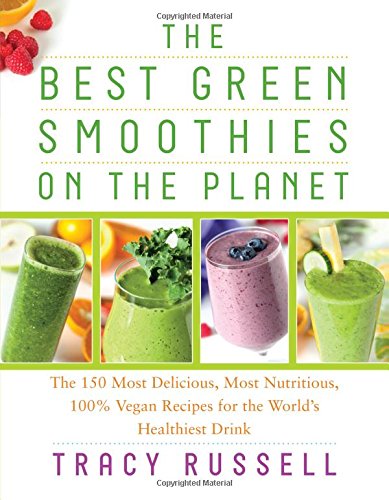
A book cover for The Best Green Smoothies on the Planet: The 150 Most Delicious, Most Nutritious, 100% Vegan Recipes for the WorldEEs Healthiest Drink; Tracy Russell; Cookbooks, Food & Wine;